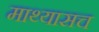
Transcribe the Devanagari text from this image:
माथ्यासच